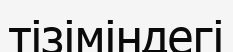
тізіміндегі